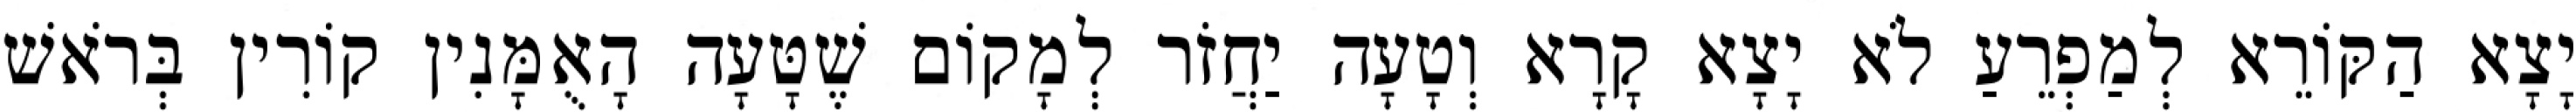
יָצָא הַקּוֹרֵא לְמַפְרֵעַ לֹא יָצָא קָרָא וְטָעָה יַחֲזֹר לְמָקוֹם שֶׁטָּעָה הָאֻמָּנִין קוֹרִין בְּרֹאשׁ